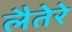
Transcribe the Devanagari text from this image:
लैतेरे